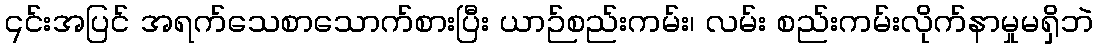
၎င်းအပြင် အရက်သေစာသောက်စားပြီး ယာဉ်စည်းကမ်း၊ လမ်း စည်းကမ်းလိုက်နာမှုမရှိဘဲ